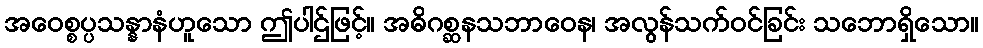
အဝေစ္စပ္ပသန္နာနံဟူသော ဤပါဌ်ဖြင့်။ အဓိဂစ္ဆနသဘာဝေန၊ အလွန်သက်ဝင်ခြင်း သဘောရှိသော။